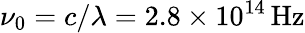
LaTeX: \nu_{0}=c/\lambda=2.8\times 10^{14}\, \mathrm{Hz}